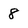
Character: 8